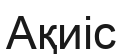
Ақиіс